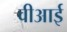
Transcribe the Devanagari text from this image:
वीआई